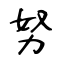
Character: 努